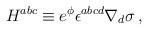
LaTeX: \begin{align*}H^{abc} \equiv e^\phi \epsilon^{abcd} \nabla_d\sigma \, ,\end{align*}